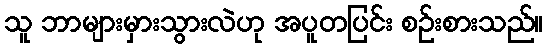
သူ ဘာများမှားသွားလဲဟု အပူတပြင်း စဉ်းစားသည်။